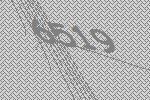
6519